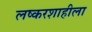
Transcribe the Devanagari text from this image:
लष्करशाहीला